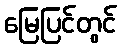
မြေပြင်တွင်